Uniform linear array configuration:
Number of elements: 4
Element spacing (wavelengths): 0.5
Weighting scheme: exponential
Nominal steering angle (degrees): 0
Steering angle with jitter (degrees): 1.176
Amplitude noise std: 0.05
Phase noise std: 0.05

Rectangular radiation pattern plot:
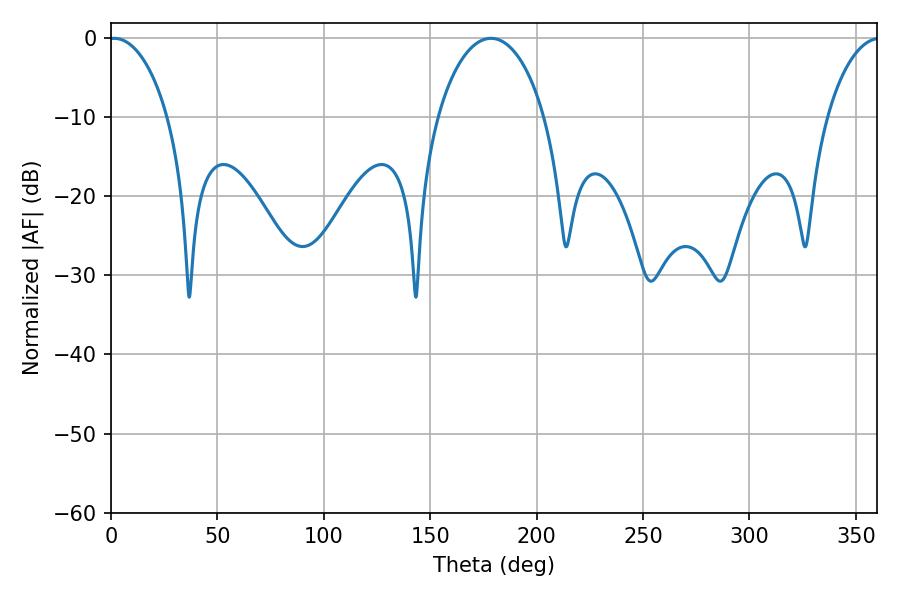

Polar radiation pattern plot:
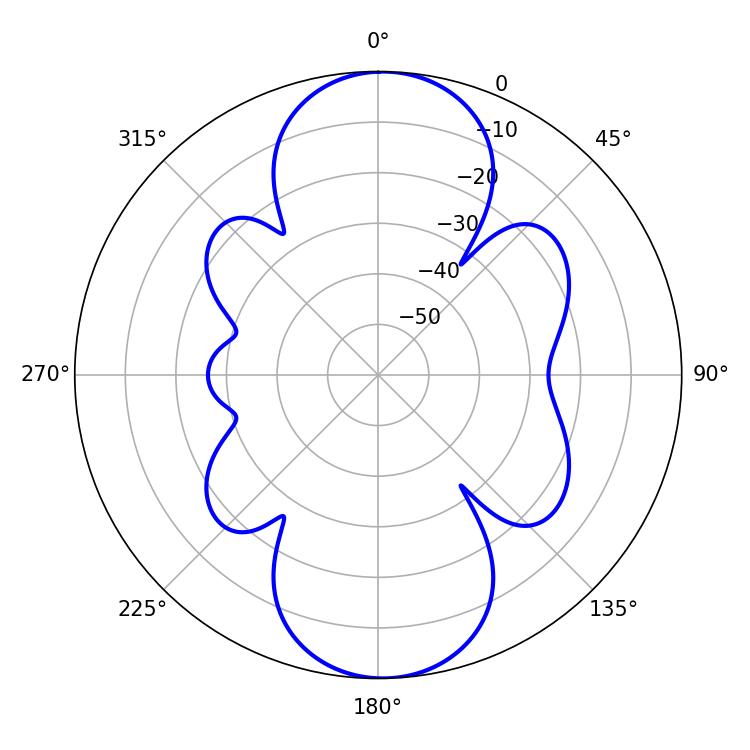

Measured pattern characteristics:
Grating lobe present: FALSE
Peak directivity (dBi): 17.736
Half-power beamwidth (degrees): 15.84
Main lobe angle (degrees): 1.44